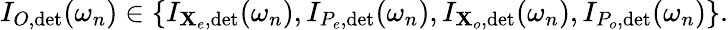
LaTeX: I_{O,{\operatorname*{det}}}(\omega_{n})\in\{ I_{\mathbf{X}_{e},\mathrm{{det}}}(\omega_{n}),I_{P_{e},\mathrm{{det}}}(\omega_{n}),I_{\mathbf{X}_{o},\mathrm{{det}}}(\omega_{n}),I_{P_{o},\mathrm{{det}}}(\omega_{n})\} .